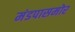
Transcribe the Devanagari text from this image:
मंडपासमोर